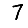
Digit: 7